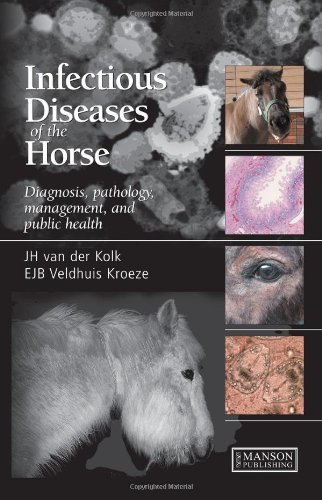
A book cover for Infectious Diseases of the Horse: Diagnosis, pathology, management, and public health; JH van der Kolk; Medical Books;